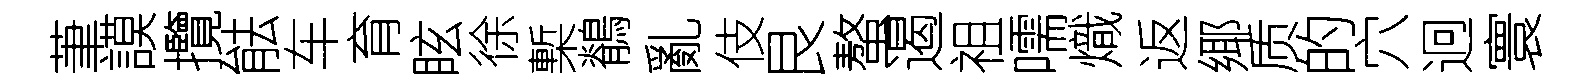
茟謨攬䏻车育眩徐槧鶺亂伎艮螯遏祖嚅熾返鄊质的穴迥寰